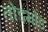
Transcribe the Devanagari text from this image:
तोडमोड